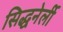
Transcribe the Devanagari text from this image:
सिद्धनेर्ली